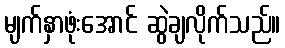
မျက်နှာဖုံးအောင် ဆွဲချလိုက်သည်။